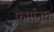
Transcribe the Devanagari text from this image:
फेर्मानघ